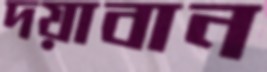
দয়াবান